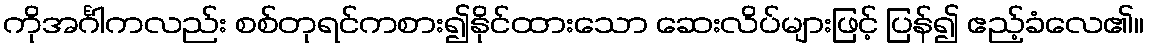
ကိုအင်္ဂါကလည်း စစ်တုရင်ကစား၍နိုင်ထားသော ဆေးလိပ်များဖြင့် ပြန်၍ ဧည့်ခံလေ၏။